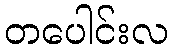
တပေါင်းလ